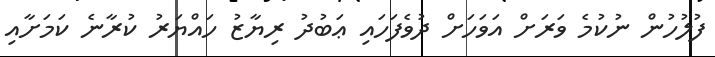
ފުލުހުން ނުކުމެ ވަރަށް އަވަހަށް ދުވެފަހައި ޢަބުދު ރިޔާޒު ހައްޔަރު ކުރާނެ ކަމަށާއި